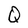
Character: Q